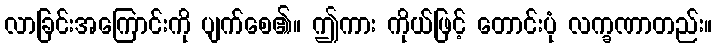
လာခြင်းအကြောင်းကို ပျက်စေ၏။ ဤကား ကိုယ်ဖြင့် တောင်းပုံ လက္ခဏာတည်း။